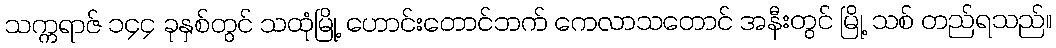
သက္ကရာဇ် ၁၄၄ ခုနှစ်တွင် သထုံမြို့ ဟောင်းတောင်ဘက် ကေလာသတောင် အနီးတွင် မြို့ သစ် တည်ရသည်။